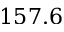
1 5 7 . 6